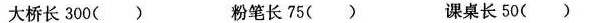
大桥长300( ) 粉笔长75( ) 课桌长50( )